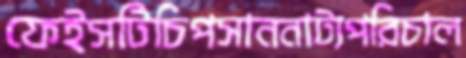
ফেইসটিচিপসাননাট্যপরিচাল